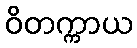
ဝိတက္ကာယ